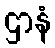
ဌာနံ